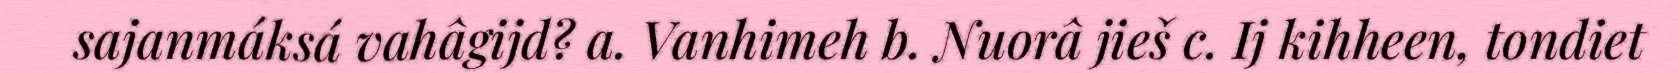
sajanmáksá vahâgijd? a. Vanhimeh b. Nuorâ jieš c. Ij kihheen, tondiet